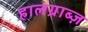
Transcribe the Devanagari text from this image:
हालग्राब्ज़